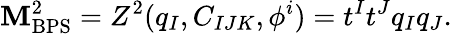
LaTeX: \mathbf{M}_{\mathrm{{BPS}}}^{2}=Z^{2}(q_{I},C_{IJK},\phi^{i})=t^{I}t^{J}q_{I}q_{J}.